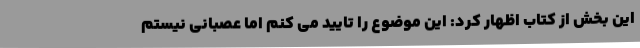
این بخش از کتاب اظهار کرد: این موضوع را تایید می کنم اما عصبانی نیستم